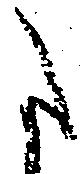
た